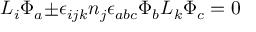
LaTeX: { \cal L } _ { i } { \Phi } _ { a } { \pm } { \epsilon } _ { i j k } n _ { j } { \epsilon } _ { a b c } { \Phi } _ { b } { \cal L } _ { k } { \Phi } _ { c } = 0